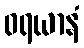
ဝရယာနံ